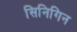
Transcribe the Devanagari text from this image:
सिनिगिन